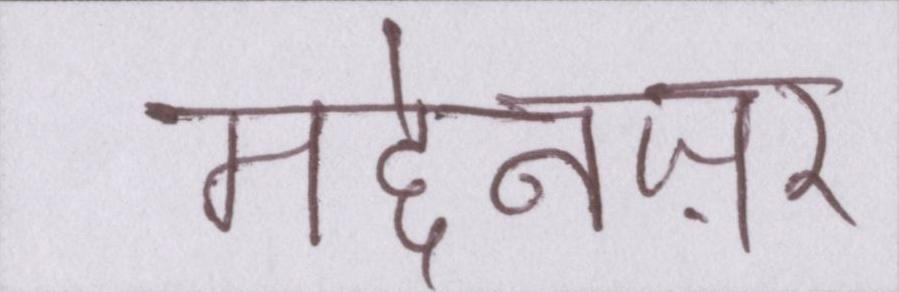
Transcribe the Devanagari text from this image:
मद्देनज़र